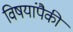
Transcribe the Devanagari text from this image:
विषयांपैकी